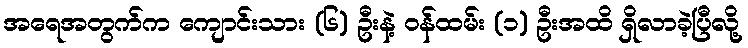
အရေအတွက်က ကျောင်းသား (၆) ဦးနဲ့ ဝန်ထမ်း (၁) ဦးအထိ ရှိလာခဲ့ပြီလို့